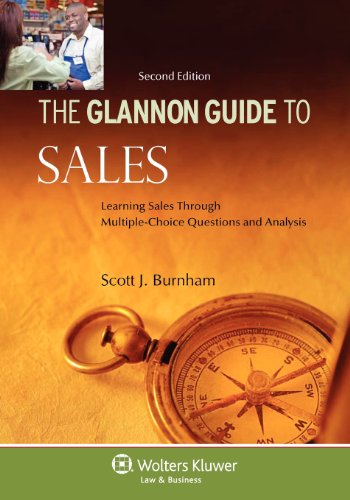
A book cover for Glannon Guide to Sales: Learning Sales Through Multiple-Choice Questions and Analysis, Second Edition; Scott J. Burnham; Law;